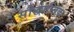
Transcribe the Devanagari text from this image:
सौद्धान्तिक